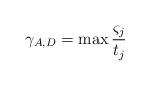
LaTeX: \begin{align*} \gamma_{A,D}=\max\frac{\varsigma_j}{t_j}\end{align*}